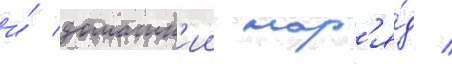
и́ домашн'ии нар'я́д /